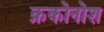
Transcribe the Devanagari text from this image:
क्रकोनोश